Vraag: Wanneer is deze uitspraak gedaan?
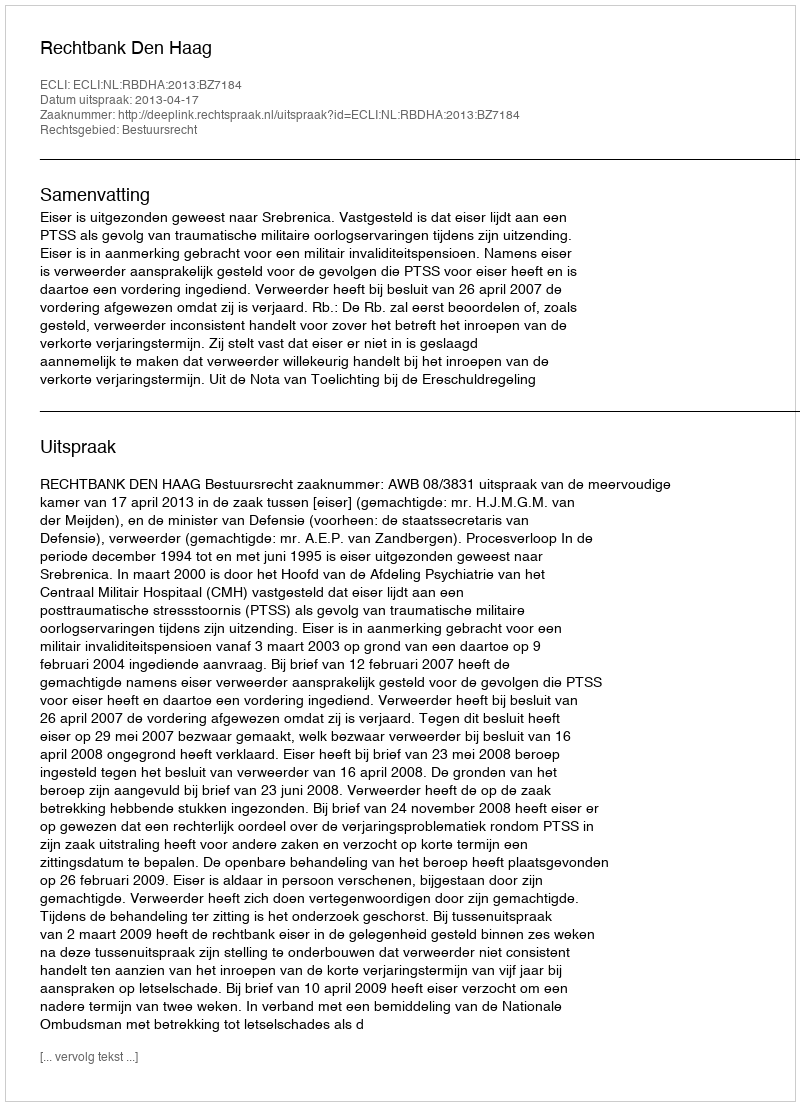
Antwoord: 2013-04-17